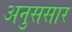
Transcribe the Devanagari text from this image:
अनुससार